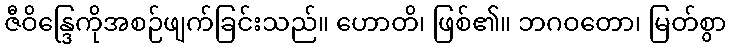
ဇီဝိန္ဒြေကိုအစဉ်ဖျက်ခြင်းသည်။ ဟောတိ၊ ဖြစ်၏။ ဘဂဝတော၊ မြတ်စွာ